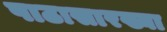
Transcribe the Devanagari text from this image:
पाठासारख्या